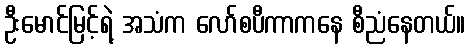
ဦးမောင်မြင့်ရဲ့ အသံက လော်စပီကာကနေ စီညံနေတယ်။